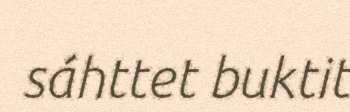
sáhttet buktit